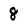
Character: 8